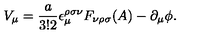
V _ { \mu } = \frac { a } { 3 ! 2 } \epsilon _ { \mu } ^ { \rho \sigma \nu } F _ { \nu \rho \sigma } ( A ) - \partial _ { \mu } \phi .